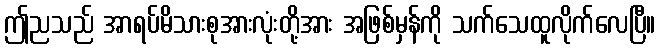
ဤညသည် အာရပ်မိသားစုအားလုံးတို့အား အဖြစ်မှန်ကို သက်သေထူလိုက်လေပြီ။